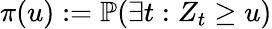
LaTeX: \pi(u):=\mathbb{P}(\exists t:Z_{t}\geq u)